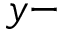
y -